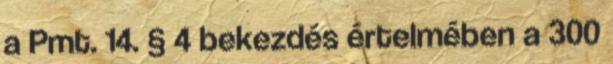
a Pmt. 14. § 4 bekezdés értelmében a 300